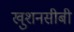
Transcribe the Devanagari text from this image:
खुशनसीबी